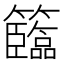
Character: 𥷷